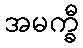
အမက္ခီ